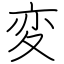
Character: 変